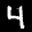
Label: 4